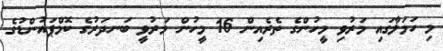
މި ހަމަލާގައި މަރުވި މީހުންގެ ތެރެއިން 16 މީހުން މަރުވީ ބަނދަރުގެ ކޮމްޕައުންޑުގެ